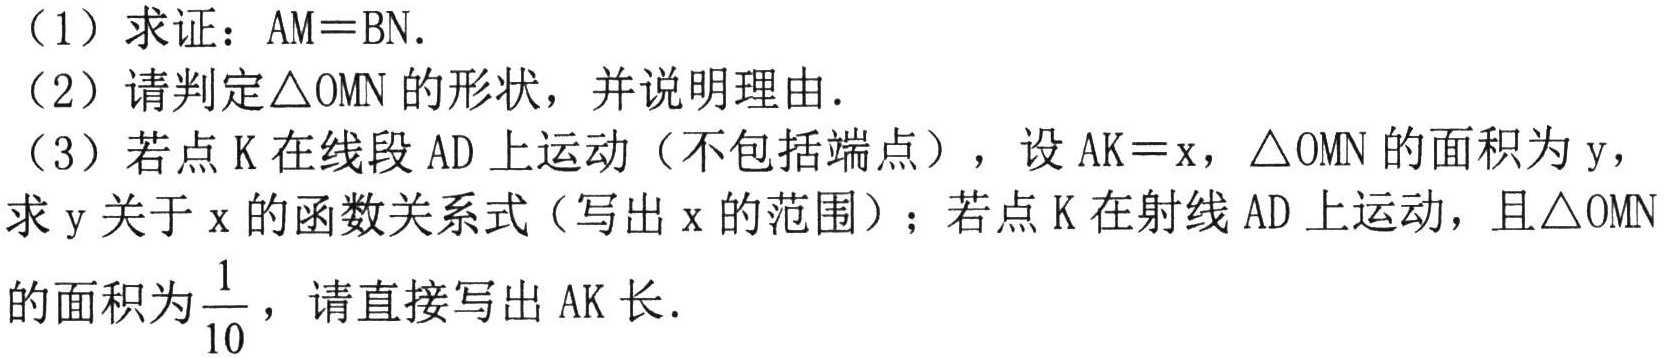
（1）求证：\(AM = BN\).
（2）请判定\(\triangle  OMN\)的形状，并说明理由.
（3）若点\(K\)在线段\(AD\)上运动（不包括端点），设\(AK = x\)，\(\triangle  OMN\)的面积为\(y\)，求\(y\)关于\(x\)的函数关系式（写出\(x\)的范围）；若点\(K\)在射线\(AD\)上运动，且\(\triangle  OMN\)的面积为\(\frac{1}{10}\)，请直接写出\(AK\)长.